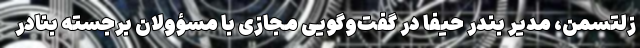
زلتسمن، مدیر بندر حیفا در گفت‌وگویی مجازی با مسؤولان برجسته بنادر